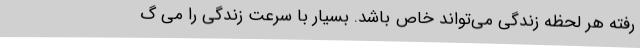
رفته هر لحظه زندگی می‌تواند خاص باشد. بسیار با سرعت زندگی را می گ